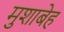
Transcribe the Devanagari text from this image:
मुशाबेह